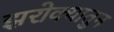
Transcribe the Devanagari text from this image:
झरोक्यातुन